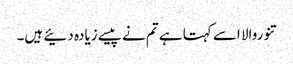
تنوروالا اسے کہتا ہے تم نے پیسے زیادہ دئیے ہیں۔